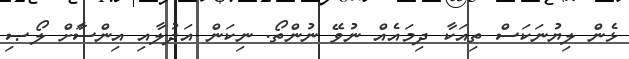
ޅެން ލިޔުނަކަސް ތިއަކާ ދިމައެއް ނުވޭ ނުންތޯ. ނިކަން އަދުލާއި އިންސާަށް ލޯޞި